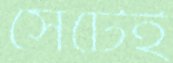
সেটেই